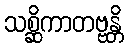
သစ္ဆိကာတဗ္ဗန္တိ